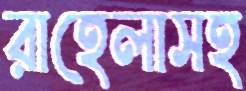
রাহেলাসহ